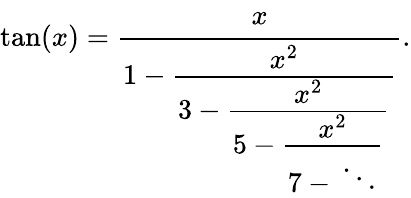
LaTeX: \tan(x)={\cfrac{x}{1-{\cfrac{x^{2}}{3-{\cfrac{x^{2}}{5-{\cfrac{x^{2}}{7-{}\ddots}}}}}}}}.